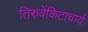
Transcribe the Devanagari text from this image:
तिरुवेंकिटाचार्य